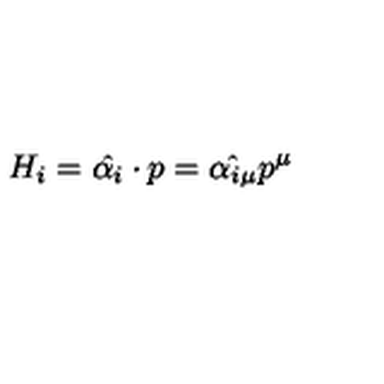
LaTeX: H _ { i } = \hat { \alpha _ { i } } \cdot p = \hat { \alpha _ { i \mu } } p ^ { \mu }